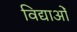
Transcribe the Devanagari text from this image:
विद्याओँ